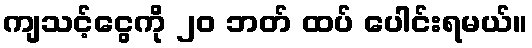
ကျသင့်ငွေကို ၂၀ ဘတ် ထပ် ပေါင်းရမယ်။